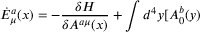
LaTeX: \dot { E } _ { \mu } ^ { a } ( x ) = - \frac { \delta H } { \delta A ^ { a \mu } ( x ) } + \int d ^ { 4 } y [ A _ { 0 } ^ { b } ( y )